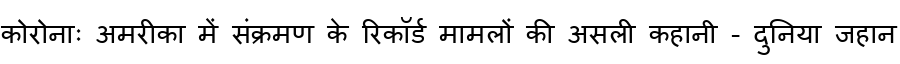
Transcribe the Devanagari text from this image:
कोरोनाः अमरीका में संक्रमण के रिकॉर्ड मामलों की असली कहानी - दुनिया जहान